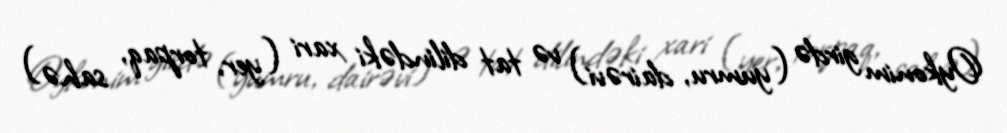
Oykonim girdə (yumru, dairəvi) və tat dilindəki xari (yer, torpaq, sahə)